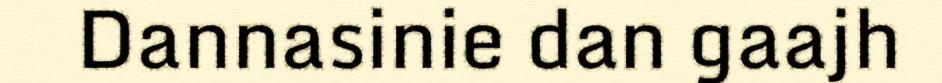
Dannasinie dan gaajh